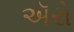
ઍરો